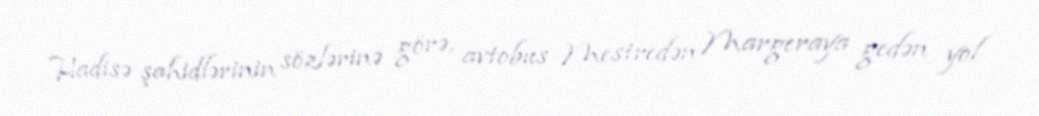
Hadisə şahidlərinin sözlərinə görə, avtobus Mestredən Margeraya gedən yol